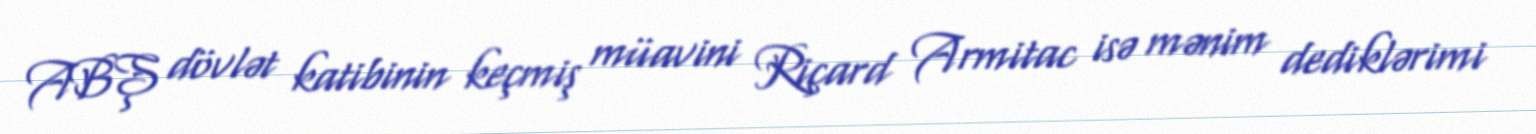
ABŞ dövlət katibinin keçmiş müavini Riçard Armitac isə mənim dediklərimi